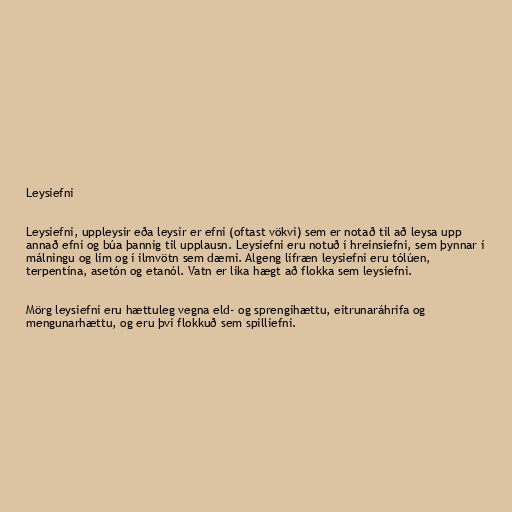
Leysiefni

Leysiefni, uppleysir eða leysir er efni (oftast vökvi) sem er notað til að leysa upp
annað efni og búa þannig til upplausn. Leysiefni eru notuð í hreinsiefni, sem þynnar í
málningu og lím og í ilmvötn sem dæmi. Algeng lífræn leysiefni eru tólúen,
terpentína, asetón og etanól. Vatn er líka hægt að flokka sem leysiefni.

Mörg leysiefni eru hættuleg vegna eld- og sprengihættu, eitrunaráhrifa og
mengunarhættu, og eru því flokkuð sem spilliefni.